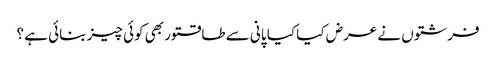
فرشتوں نے عرض کیا کیا پانی سے طاقتور بھی کوئی چیز بنائی ہے ؟